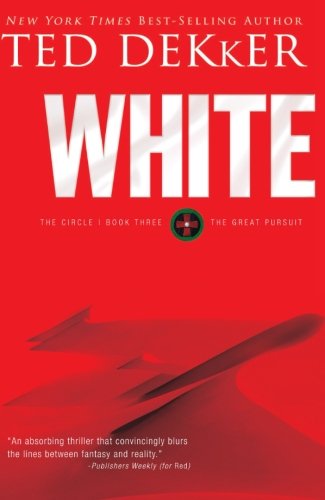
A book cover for White (The Circle Series); Ted Dekker; Christian Books & Bibles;